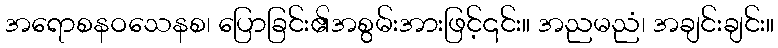
အရောစနဝသေနစ၊ ပြောခြင်း၏အစွမ်းအားဖြင့်၎င်း။ အညမညံ၊ အချင်းချင်း။